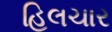
હિલચાર